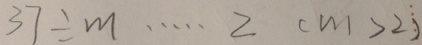
3 7 \div m \cdots 2 ( m > 2 )